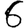
Digit: 6